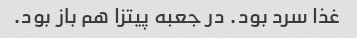
غذا سرد بود. در جعبه پیتزا هم باز بود.